Annual statistical returns and brief notes on vaccination in Bengal - 1887-1898
Year: 1887
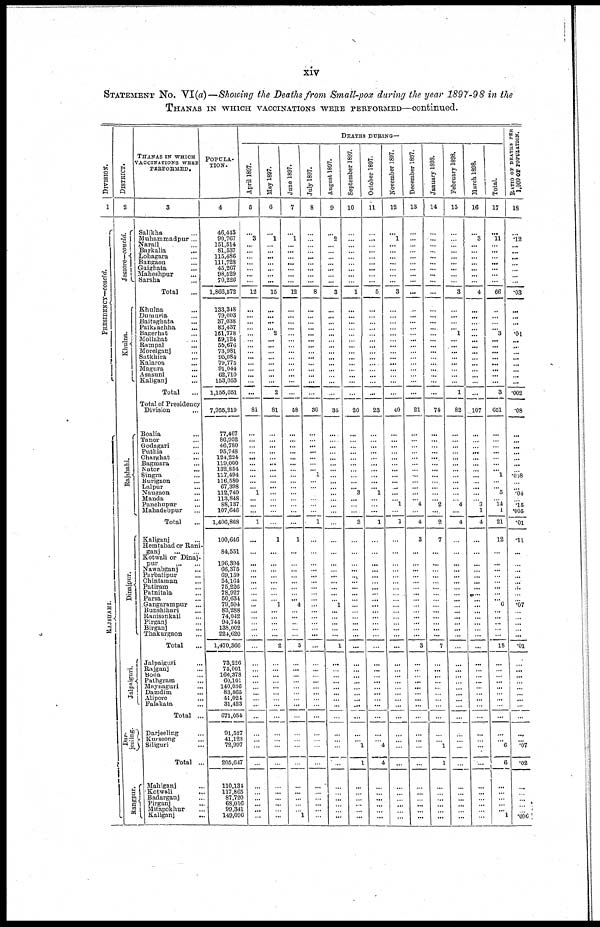
xiv
STATEMENT No. VI(a)—Showing the Deaths from Small-pox during the year 1897-98 in the
THANAS IN WHICH VACCINATIONS WERE PERFORMED—continued.
DIVISION.
1
PRESIDENCY—concld.
RAJSHAHI.
DISTRICT.
2
Jessore—concld.
Khulna.
Rajshahi.
Dinajpur.
Jalpaiguri.
Dar¬
jeeling.
Rangpur.
THANAS IN WHICH
VACCINATIONS WERE
PERFORMED.
3
Salikha ...
Muhammadpur...
Narail ...
Barkalia
...
Lohagara ...
Bangaon ...
Gaighata ...
Maheshpur ...
Sarsha ...
Total ...
Khulna ...
Dumuria ...
Baitaghata ...
Paikgachha ...
Bagerhat ...
Mollahat ...
Rampal
...
Morelganj ...
Satkhira ...
Kalaroa
...
Magura
...
Asasuni
...
Kaliganj ...
Total ...
Total of Presidency
Division ...
Boalia ...
Tanor ...
Godagari ...
Puthia ...
Charghat ...
Bagmara ...
Nator
...
Singra ...
Burigaon ...
Lalpur ...
Naugaon ...
Manda
...
Panchupur ...
Mahadebpur ...
Total ...
Kaliganj ...
Hemtabad or Rani¬
ganj
...
...
Kotwali or Dinaj-
pur
...
...
Nawabganj ...
Purbatipur ...
Chintaman ...
Patiram ...
Patnitala ...
Parsa ...
Gangarampur ...
Bunshihari ...
Ranisnnkail ...
Pirganj ...
Birganj ...
Thakurgaon ...
Total ...
Jalpaiguri ...
Rajganj ...
Boda ...
Pathgram ...
Maynaguri ...
Damdim ...
Alipore ...
Falakata ...
Total ...
Darjeeling ...
Kurseong ...
Siliguri ...
Total ...
Mahiganj ...
Kotwali
...
Badarganj ...
Pirganj ...
Mitapokhur ...
Kaliganj
...
POPULA-
----.
4
46,443
90,767
151,514
81,537
115,486
111,728
45,267
98,529
70,226
1,866,572
133,348
79,003
37,038
83,437
151,778
59,124
55,676
73,981
95,084
79,775
91,044
62,710
153,053
1,155,051
7,955,219
77,467
86,952
46,780
95,748
124,224
119,000
132,854
117,494
116,580
67,398
112,740
113,848
88,137
107,646
1,406,868
100,646
84,551
196,394
66,375
69,159
54,164
75,226
78,927
50,634
79,594
83,288
74,042
94,744
138,002
224,620
1,470,366
73,226
75,001
166,378
60,101
140,036
83,865
41,024
31,423
671,054
91,527
41,123
72,997
205,647
110,134
117,865
87,720
68,016
99,341
149,096
DEATHS DURING—
April 1897.
5
...
3
...
...
...
...
...
...
...
12
...
...
...
...
...
...
... ...
...
...
...
...
...
...
81
...
...
...
...
...
...
...
...
...
... 1
...
...
...
1
...
...
...
... ...
...
...
...
...
...
...
...
...
...
...
...
...
...
...
...
...
...
...
...
...
...
...
...
...
...
...
...
...
...
...
May 1897.
6
...
1
...
...
...
...
...
...
...
15
...
...
...
... 2
...
... ...
...
...
...
...
...
2
81
...
...
...
...
...
... ...
...
...
...
...
...
...
...
...
1
...
...
... ... ...
...
...
...
1
...
...
...
...
...
2
...
...
...
...
...
...
...
...
...
...
...
...
...
...
...
...
...
...
...
June 1897.
7
...
1
...
...
...
...
...
...
...
12
...
...
...
...
...
...
...
...
...
...
...
...
...
...
58
...
...
...
...
...
...
...
...
...
...
...
...
...
...
...
1
...
...
...
...
...
...
...
...
4
...
... ...
...
...
5
...
...
...
...
...
...
...
...
...
...
...
...
...
...
...
...
...
...
1
July 1897.
8
...
...
...
...
...
...
...
...
...
8
...
...
...
...
...
...
... ...
...
... ...
...
...
...
30
...
...
...
...
...
... ... 1
...
...
...
...
...
...
1
...
...
...
...
...
...
...
...
...
...
...
...
...
...
...
...
...
...
...
...
...
...
...
...
...
...
...
...
...
...
...
...
... ...
...
August 1897.
9
...
2
...
...
...
...
...
...
...
3
...
...
...
...
...
...
... ...
...
...
...
...
...
...
34
...
...
...
...
...
...
...
...
...
...
...
...
...
...
...
...
...
...
... ... ...
...
...
...
1
...
...
...
...
...
1
...
...
...
...
...
...
...
...
...
...
...
... ...
...
...
...
...
...
...
September 1897.
10
...
...
...
...
...
...
...
...
...
1
...
...
...
...
...
...
...
...
...
...
...
...
...
...
20
...
...
...
...
...
... ...
...
...
... 3
...
...
...
3
...
...
...
...
...
...
...
...
...
...
...
... ...
...
...
...
...
...
...
...
...
...
...
... ...
...
...
1
1
...
...
...
...
...
...
October 1897.
11
...
...
...
...
...
...
...
...
...
5
...
...
...
...
...
...
... ...
...
...
...
...
...
...
23
...
... ...
...
...
... ...
...
...
... 1
...
...
...
1
...
...
...
...
...
...
...
...
...
...
...
...
...
...
...
...
...
...
...
...
...
...
...
...
...
...
...
4
4
...
...
...
...
...
...
November 1897.
12
...
1
...
...
...
...
...
...
...
3
...
...
...
...
...
...
...
...
...
...
...
...
...
...
40
...
...
...
...
...
... ...
...
...
..
...
... 1
...
1
...
...
...
... ... ...
...
...
...
...
...
...
...
...
...
...
...
...
...
...
...
...
...
...
...
...
...
...
...
...
...
...
...
...
...
December 1897.
13
...
...
...
...
...
...
...
...
...
...
...
...
...
...
...
...
... ...
...
...
...
...
...
...
21
...
...
...
...
... ...
...
...
...
...
... 4
...
4
3
...
...
...
...
...
...
...
...
...
...
...
...
...
...
3
...
...
...
...
...
...
...
...
...
...
...
...
...
...
...
...
...
...
...
January 1898.
14
...
...
...
...
...
...
...
...
...
...
...
...
...
...
...
...
... ...
...
...
...
...
...
...
74
...
...
...
...
...
... ...
...
...
...
...
... 2
...
2
7
...
...
... ... ...
...
...
...
...
...
...
...
...
...
7
...
...
...
...
...
...
...
...
...
...
...
1
1
...
...
...
...
...
...
February 1898.
15
...
...
...
...
...
...
...
...
...
3
...
...
...
... 1
...
... ...
...
...
...
...
...
1
82
...
... ...
...
...
... ...
...
...
...
...
... 4
...
4
...
...
...
...
...
...
...
...
...
...
...
...
...
...
...
...
...
...
...
...
... ...
...
...
...
...
...
...
...
...
...
...
...
...
...
March 1898.
16
...
3
...
...
...
...
...
...
...
4
...
...
...
...
...
...
... ...
...
...
...
...
...
...
107
...
...
...
...
...
...
...
...
...
...
...
... 3
1
4
...
...
...
... ...
...
...
...
...
...
...
...
...
...
...
...
...
...
...
...
...
...
...
...
...
...
...
...
...
...
...
...
...
...
...
Total.
17
...
11
...
...
...
...
...
...
...
66
...
...
...
... 3
...
...
...
...
...
...
...
...
3
651
...
...
...
...
...
... ... 1
...
... 5
... 14
1
21
12
...
...
...
...
...
...
...
... 6
...
...
...
...
...
18
...
...
...
...
...
...
...
...
...
...
... 6
6
...
...
...
...
... 1
RATIO OF DEATHS PER
1,000 OF POPULATION.
18
...
.12
...
...
...
...
...
...
...
.03
...
...
...
... .01
...
... ...
...
...
...
...
...
.002
.08
...
...
...
...
...
... ... .008
...
...
.04
... .15
.005
.01
.11
...
...
...
...
...
...
...
...
.07
...
...
...
...
...
.01
...
...
...
...
... ...
...
...
...
...
...
.07
.02
...
...
...
...
...
.006